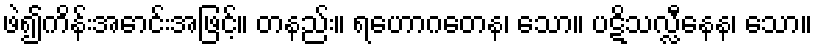
ဖဲ၍ကိန်းအောင်းအဖြင့်။ တနည်း။ ရဟောဂတေန၊ သော။ ပဋိသလ္လီနေန၊ သော။